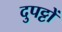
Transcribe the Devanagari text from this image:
दुपट्टों